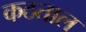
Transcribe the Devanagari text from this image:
कठताल